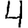
Digit: 4